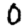
Digit: 0